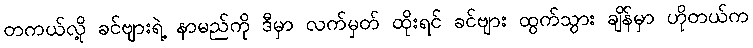
တကယ်လို့ ခင်ဗျားရဲ့ နာမည်ကို ဒီမှာ လက်မှတ် ထိုးရင် ခင်ဗျား ထွက်သွား ချိန်မှာ ဟိုတယ်က